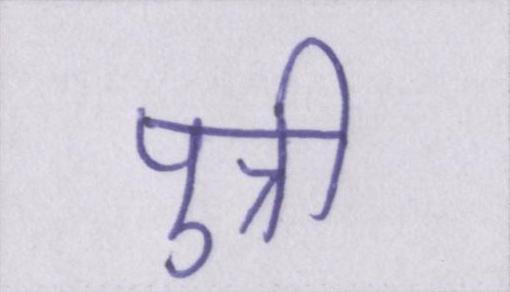
पुत्री